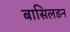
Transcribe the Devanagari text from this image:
बासिलडन